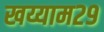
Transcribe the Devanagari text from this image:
खय्याम२९